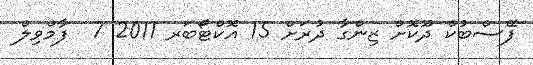
ފޭސްބުކް ދޫކޮށް ޒިންގާ ދުރަށް 15 އޮކްޓޯބަރ 2011 7  ފާމްވިލް